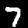
Label: 7